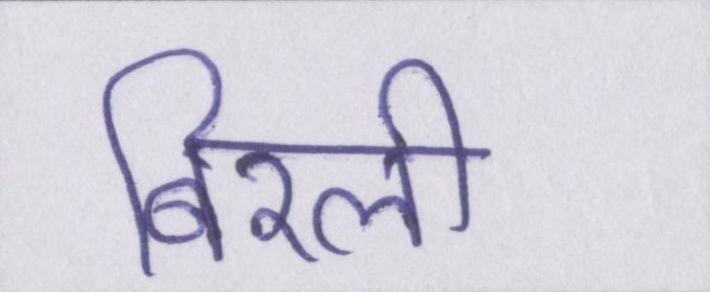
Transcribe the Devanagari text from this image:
बिरली